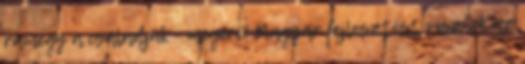
rámegy a családjuk - megéri? Magyar fejlesztést visznek az